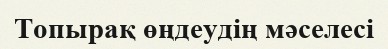
Топырақ өңдеудің мәселесі